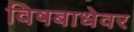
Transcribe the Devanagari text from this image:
विषबाधेवर